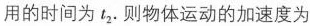
用的时间为t_{2}.则物体运动的加速度为